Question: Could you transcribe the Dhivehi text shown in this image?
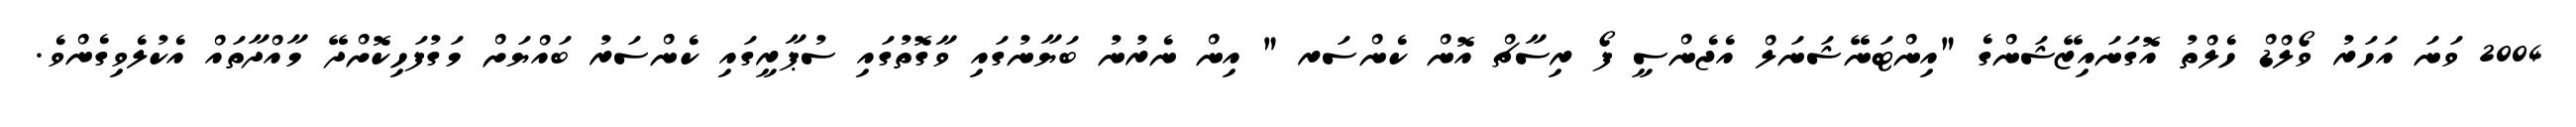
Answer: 2004 ވަނަ އަހަރު ވޯލްޑް ހެލްތު އޮގަނައިޒޭޝަންގެ "އިންޓަނޭޝަނަލް އެޖެންސީ ފޯ ރިސާޗް އޮން ކެންސަރ " އިން ނެރުނު ބަޔާނުގައި ވާގޮތުގައި ސުޕާރީގައި ކެންސަރު ބައްޔަށް މަގުފަހިކޮށްދޭ މާއްދާތައް އެކުލެވިގެންވެ.